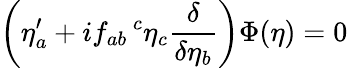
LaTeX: \left(\eta_{a}^{\prime}+if_{ab}\! \! {\phantom{\eta}}^{c}\eta_{c}\frac{\delta}{\delta\eta_{b}}\right)\Phi(\eta)=0